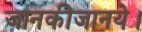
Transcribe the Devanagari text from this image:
जानकीजानये।